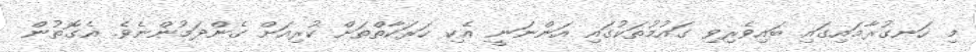
މި ހަނގުރާމައިގައި ބައިވެރިވި ގައުމުތަކުގައި އަންނަނީ އެކި ހަރަކާތްތަށް ކުރިއަށް ގެންދަމުންނެވެ. އެގޮތުން